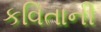
કવિતાની